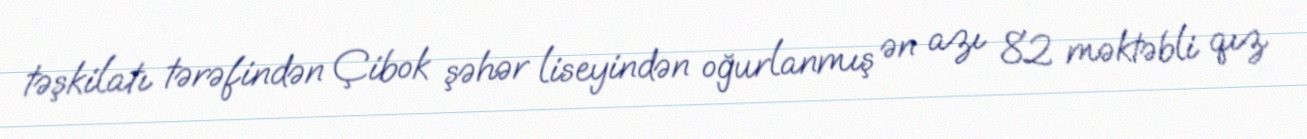
təşkilatı tərəfindən Çibok şəhər liseyindən oğurlanmış ən azı 82 məktəbli qız